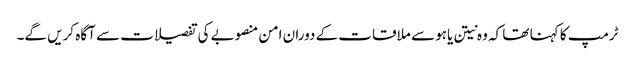
ٹرمپ کا کہنا تھا کہ وہ نیتن یاہو سے ملاقات کے دوران امن منصوبے کی تفصیلات سے آگاہ کریں گے۔